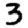
Digit: 3